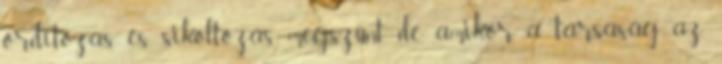
ordítozás és sikoltozás megszűnt, de amikor a társaság az